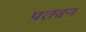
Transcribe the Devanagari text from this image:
पतवन